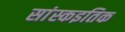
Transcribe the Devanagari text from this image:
सांस्कइतिक